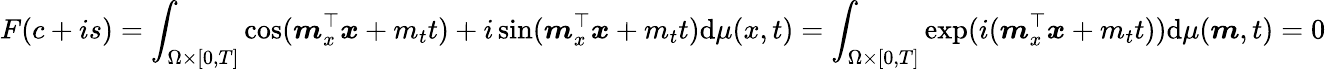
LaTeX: F(c+is)=\int_{\Omega\times[0,T]}\cos(\boldsymbol{m}_{x}^{\top}\boldsymbol{x}+m_{t}t)+i\sin(\boldsymbol{m}_{x}^{\top}\boldsymbol{x}+m_{t}t)\mathrm{d}\mu(x,t)=\int_{\Omega\times[0,T]}\exp(i(\boldsymbol{m}_{x}^{\top}\boldsymbol{x}+m_{t}t))\mathrm{d}\mu(\boldsymbol{m},t)=0